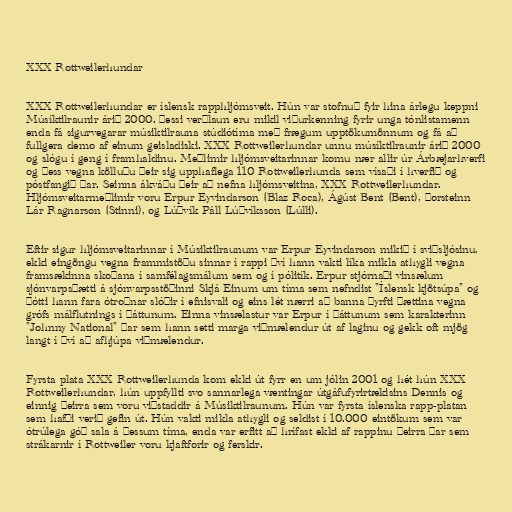
XXX Rottweilerhundar

XXX Rottweilerhundar er íslensk rapphljómsveit. Hún var stofnuð fyir hina árlegu keppni
Músíktilraunir árið 2000. Þessi verðlaun eru mikil viðurkenning fyrir unga tónlistamenn
enda fá sigurvegarar músiktilrauna stúdiótíma með frægum upptökumönnum og fá að
fullgera demo af einum geisladiski. XXX Rottweilerhundar unnu músíktilraunir árið 2000
og slógu í geng í framhaldinu. Meðlimir hljómsveitarinnar komu nær allir úr Árbæjarhverfi
og þess vegna kölluðu þeir sig upphaflega 110 Rottweilerhunda sem vísaði í hverfið og
póstfangið þar. Seinna ákváðu þeir að nefna hljómsveitina, XXX Rottweilerhundar.
Hljómsveitarmeðlimir voru Erpur Eyvindarson (Blaz Roca), Ágúst Bent (Bent), Þorsteinn
Lár Ragnarson (Stinni), og Lúðvík Páll Lúðvíksson (Lúlli).

Eftir sigur hljómsveitarinnar í Músiktilraunum var Erpur Eyvindarson mikið í sviðsljósinu,
ekki eingöngu vegna frammistöðu sinnar í rappi því hann vakti líka mikla athygli vegna
framsækinna skoðana í samfélagsmálum sem og í pólitík. Erpur stjórnaði vinsælum
sjónvarpsþætti á sjónvarpsstöðinni Skjá Einum um tíma sem nefndist "Íslensk kjötsúpa" og
þótti hann fara ótroðnar slóðir í efnisvali og eins lét nærri að banna þyrfti þættina vegna
grófs málflutnings í þáttunum. Einna vinsælastur var Erpur í þáttunum sem karakterinn
"Johnny National" þar sem hann setti marga viðmælendur út af laginu og gekk oft mjög
langt í því að afhjúpa viðmælendur.

Fyrsta plata XXX Rottweilerhunda kom ekki út fyrr en um jólin 2001 og hét hún XXX
Rottweilerhundar, hún uppfyllti svo sannarlega væntingar útgáfufyrirtækisins Dennis og
einnig þeirra sem voru viðstaddir á Músiktilraunum. Hún var fyrsta íslenska rapp-platan
sem hafði verið gefin út. Hún vakti mikla athygli og seldist í 10.000 eintökum sem var
ótrúlega góð sala á þessum tíma, enda var erfitt að hrífast ekki af rappinu þeirra þar sem
strákarnir í Rottweiler voru kjaftforir og ferskir.